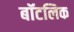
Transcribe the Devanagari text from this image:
बॉटलिक